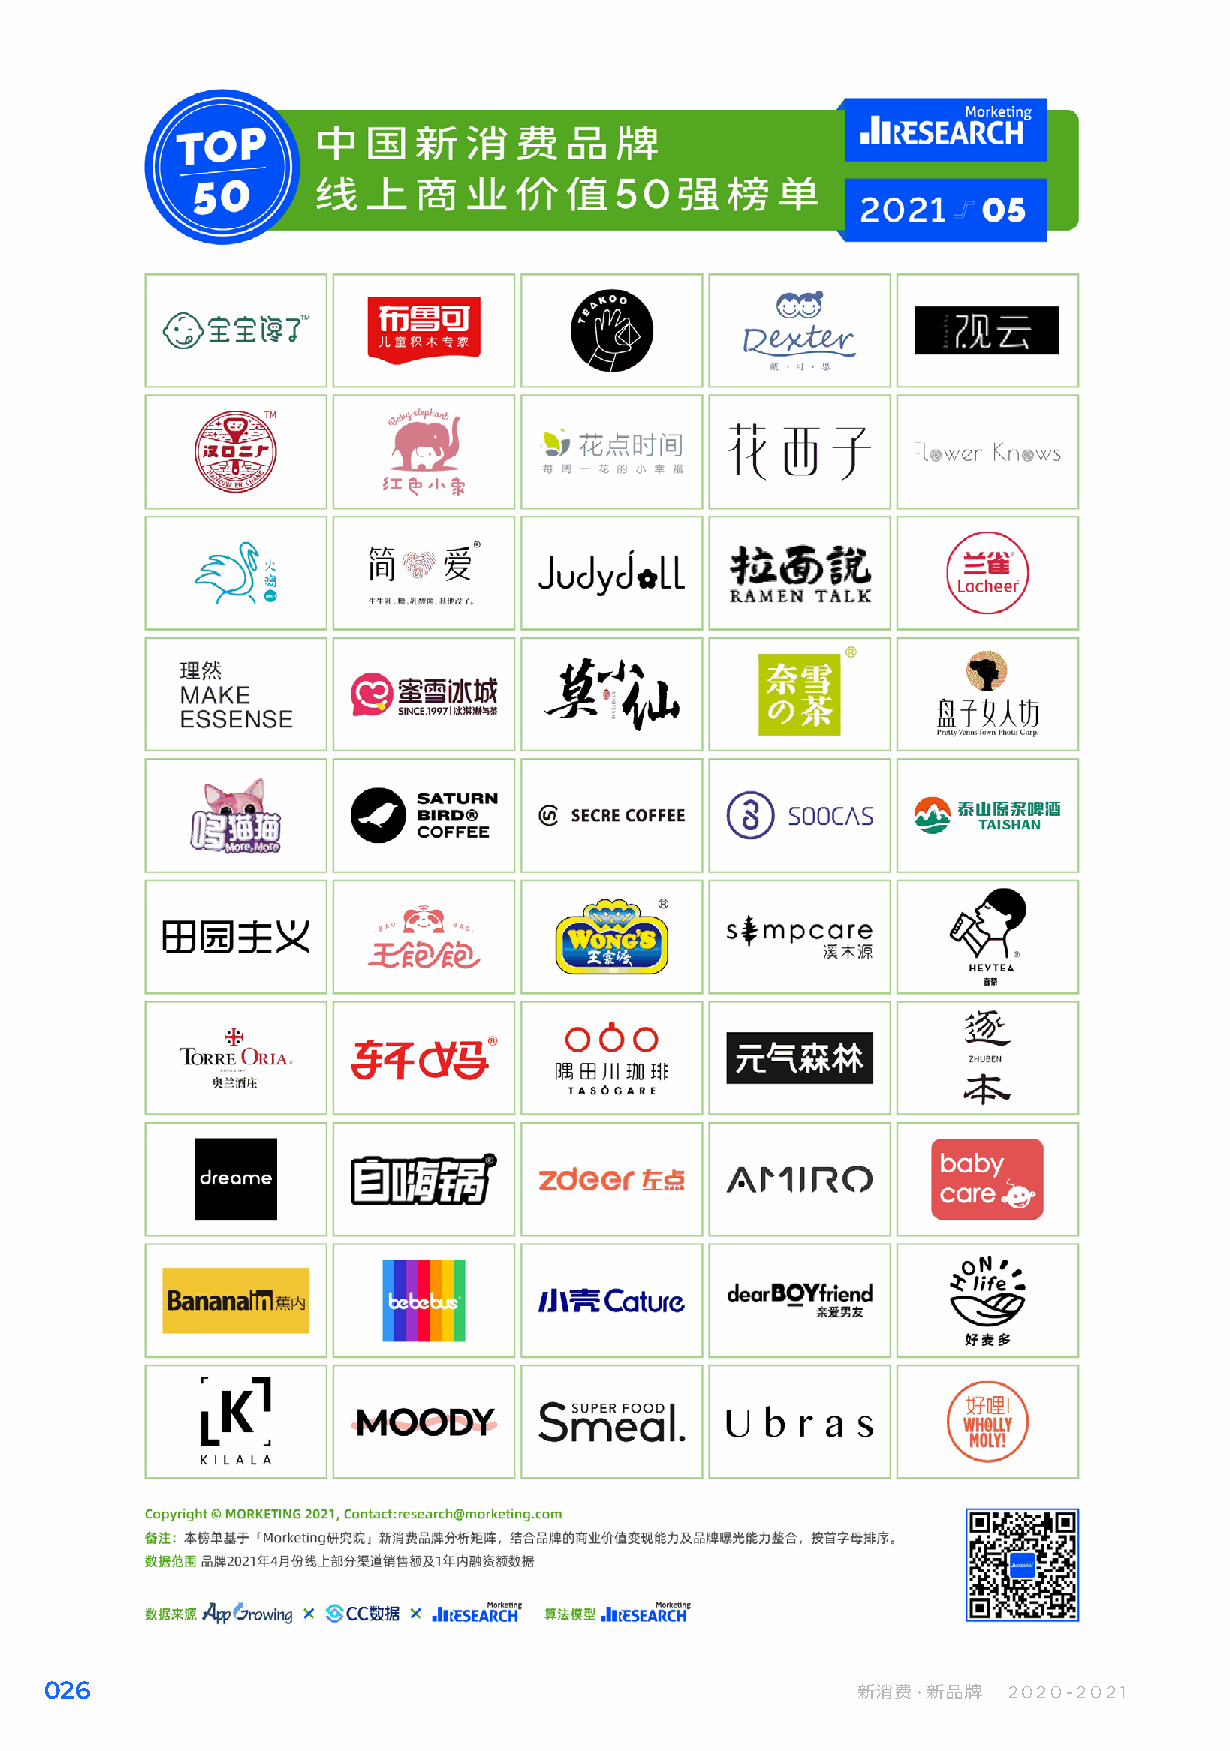
026                                                   新消费·新品牌   2020-2021